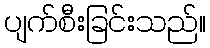
ပျက်စီးခြင်းသည်။